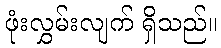
ဖုံးလွှမ်းလျက် ရှိသည်။